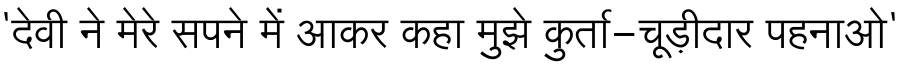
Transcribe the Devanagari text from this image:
'देवी ने मेरे सपने में आकर कहा मुझे कुर्ता-चूड़ीदार पहनाओ'